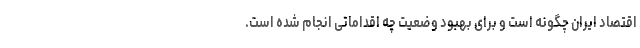
اقتصاد ایران چگونه است و برای بهبود وضعیت چه اقداماتی انجام شده است.